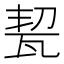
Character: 㼤